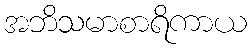
အဘိသမာစာရိကာယ